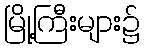
မြို့ကြီးများ၌